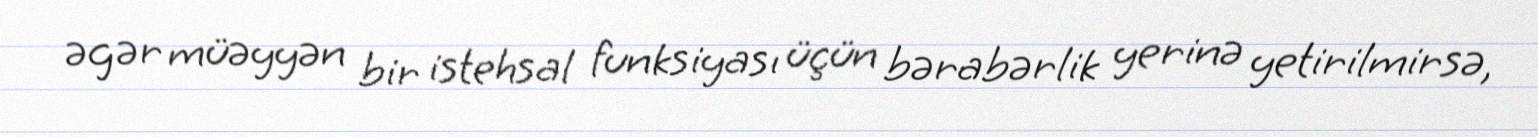
əgər müəyyən bir istehsal funksiyası üçün bərabərlik yerinə yetirilmirsə,